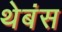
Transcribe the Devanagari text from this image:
थेबंस